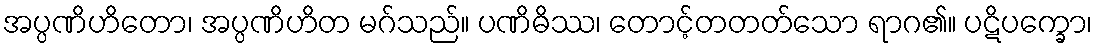
အပ္ပဏိဟိတော၊ အပ္ပဏိဟိတ မဂ်သည်။ ပဏိဓိဿ၊ တောင့်တတတ်သော ရာဂ၏။ ပဋိပက္ခော၊